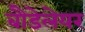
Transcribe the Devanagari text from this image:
बौडेलेयर